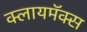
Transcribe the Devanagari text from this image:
क्लायमॅक्स